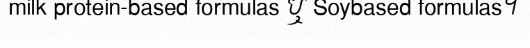
milk protein-based formulas ឬ Soybased formulas។